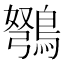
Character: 𫛇